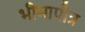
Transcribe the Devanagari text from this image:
भीमापौत्र